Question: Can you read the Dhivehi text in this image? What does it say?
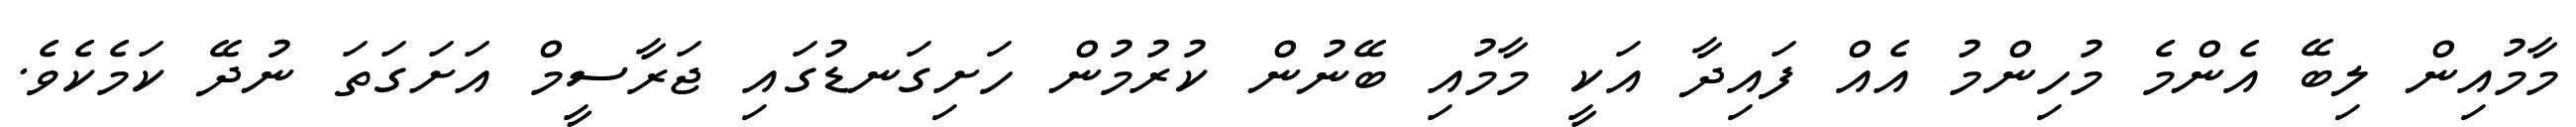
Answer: މާމުއިން ލިބޭ އެންމެ މުހިންމު އެއް ފައިދާ އަކީ މާމުއި ބޭނުން ކުރުމުން ހަށިގަނޑުގައި ޖަރާސީމް އަށަގަތަ ނުދޭ ކަމެކެވެ.